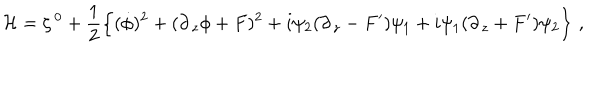
{ \cal H } = \zeta ^ { \, 0 } + \frac { 1 } { 2 } \left\{ ( \dot { \phi } ) ^ { 2 } + ( \partial _ { \, z } \phi + F ) ^ { 2 } + i \psi _ { 2 } ( \partial _ { \, z } - F ^ { \prime } ) \psi _ { 1 } + i \psi _ { 1 } ( \partial _ { \, z } + F ^ { \prime } ) \psi _ { 2 } \right\} \, ,